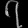
Digit: ၇